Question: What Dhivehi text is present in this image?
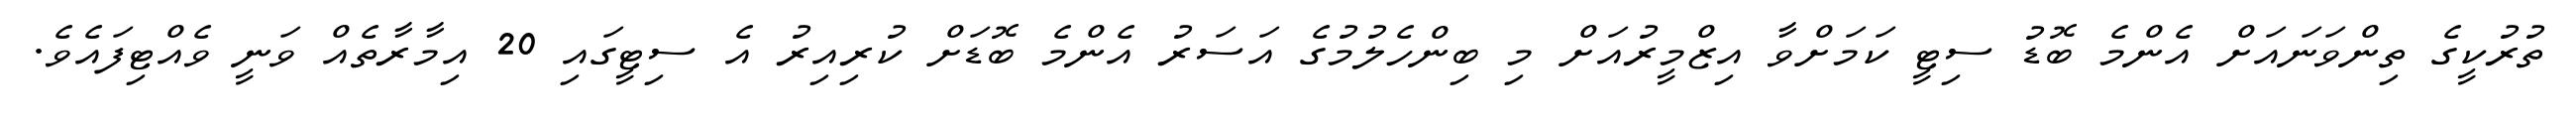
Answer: ތުރުކީގެ ތިންވަނައަށް އެންމެ ބޮޑު ސިޓީ ކަމަށްވާ އިޒްމީރުއަށް މި ބިންހެލުމުގެ އަސަރު އެންމެ ބޮޑަށް ކުރިއިރު އެ ސިޓީގައި 20 އިމާރާތެއް ވަނީ ވެއްޓިފައެވެ.